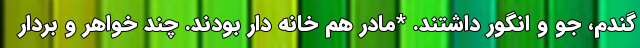
گندم، جو و انگور داشتند. *مادر هم خانه دار بودند. چند خواهر و بردار